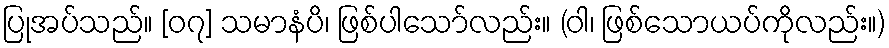
ပြုအပ်သည်။ [၀၇] သမာနံပိ၊ ဖြစ်ပါသော်လည်း။ (ဝါ၊ ဖြစ်သောယပ်ကိုလည်း။)